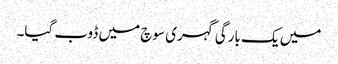
میں یک بارگی گہری سوچ میں ڈوب گیا۔